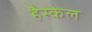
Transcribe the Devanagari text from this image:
हैस्केल